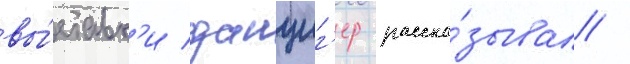
вы́ставк'и данциг'ер расска́зывал /